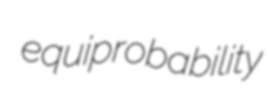
equiprobability